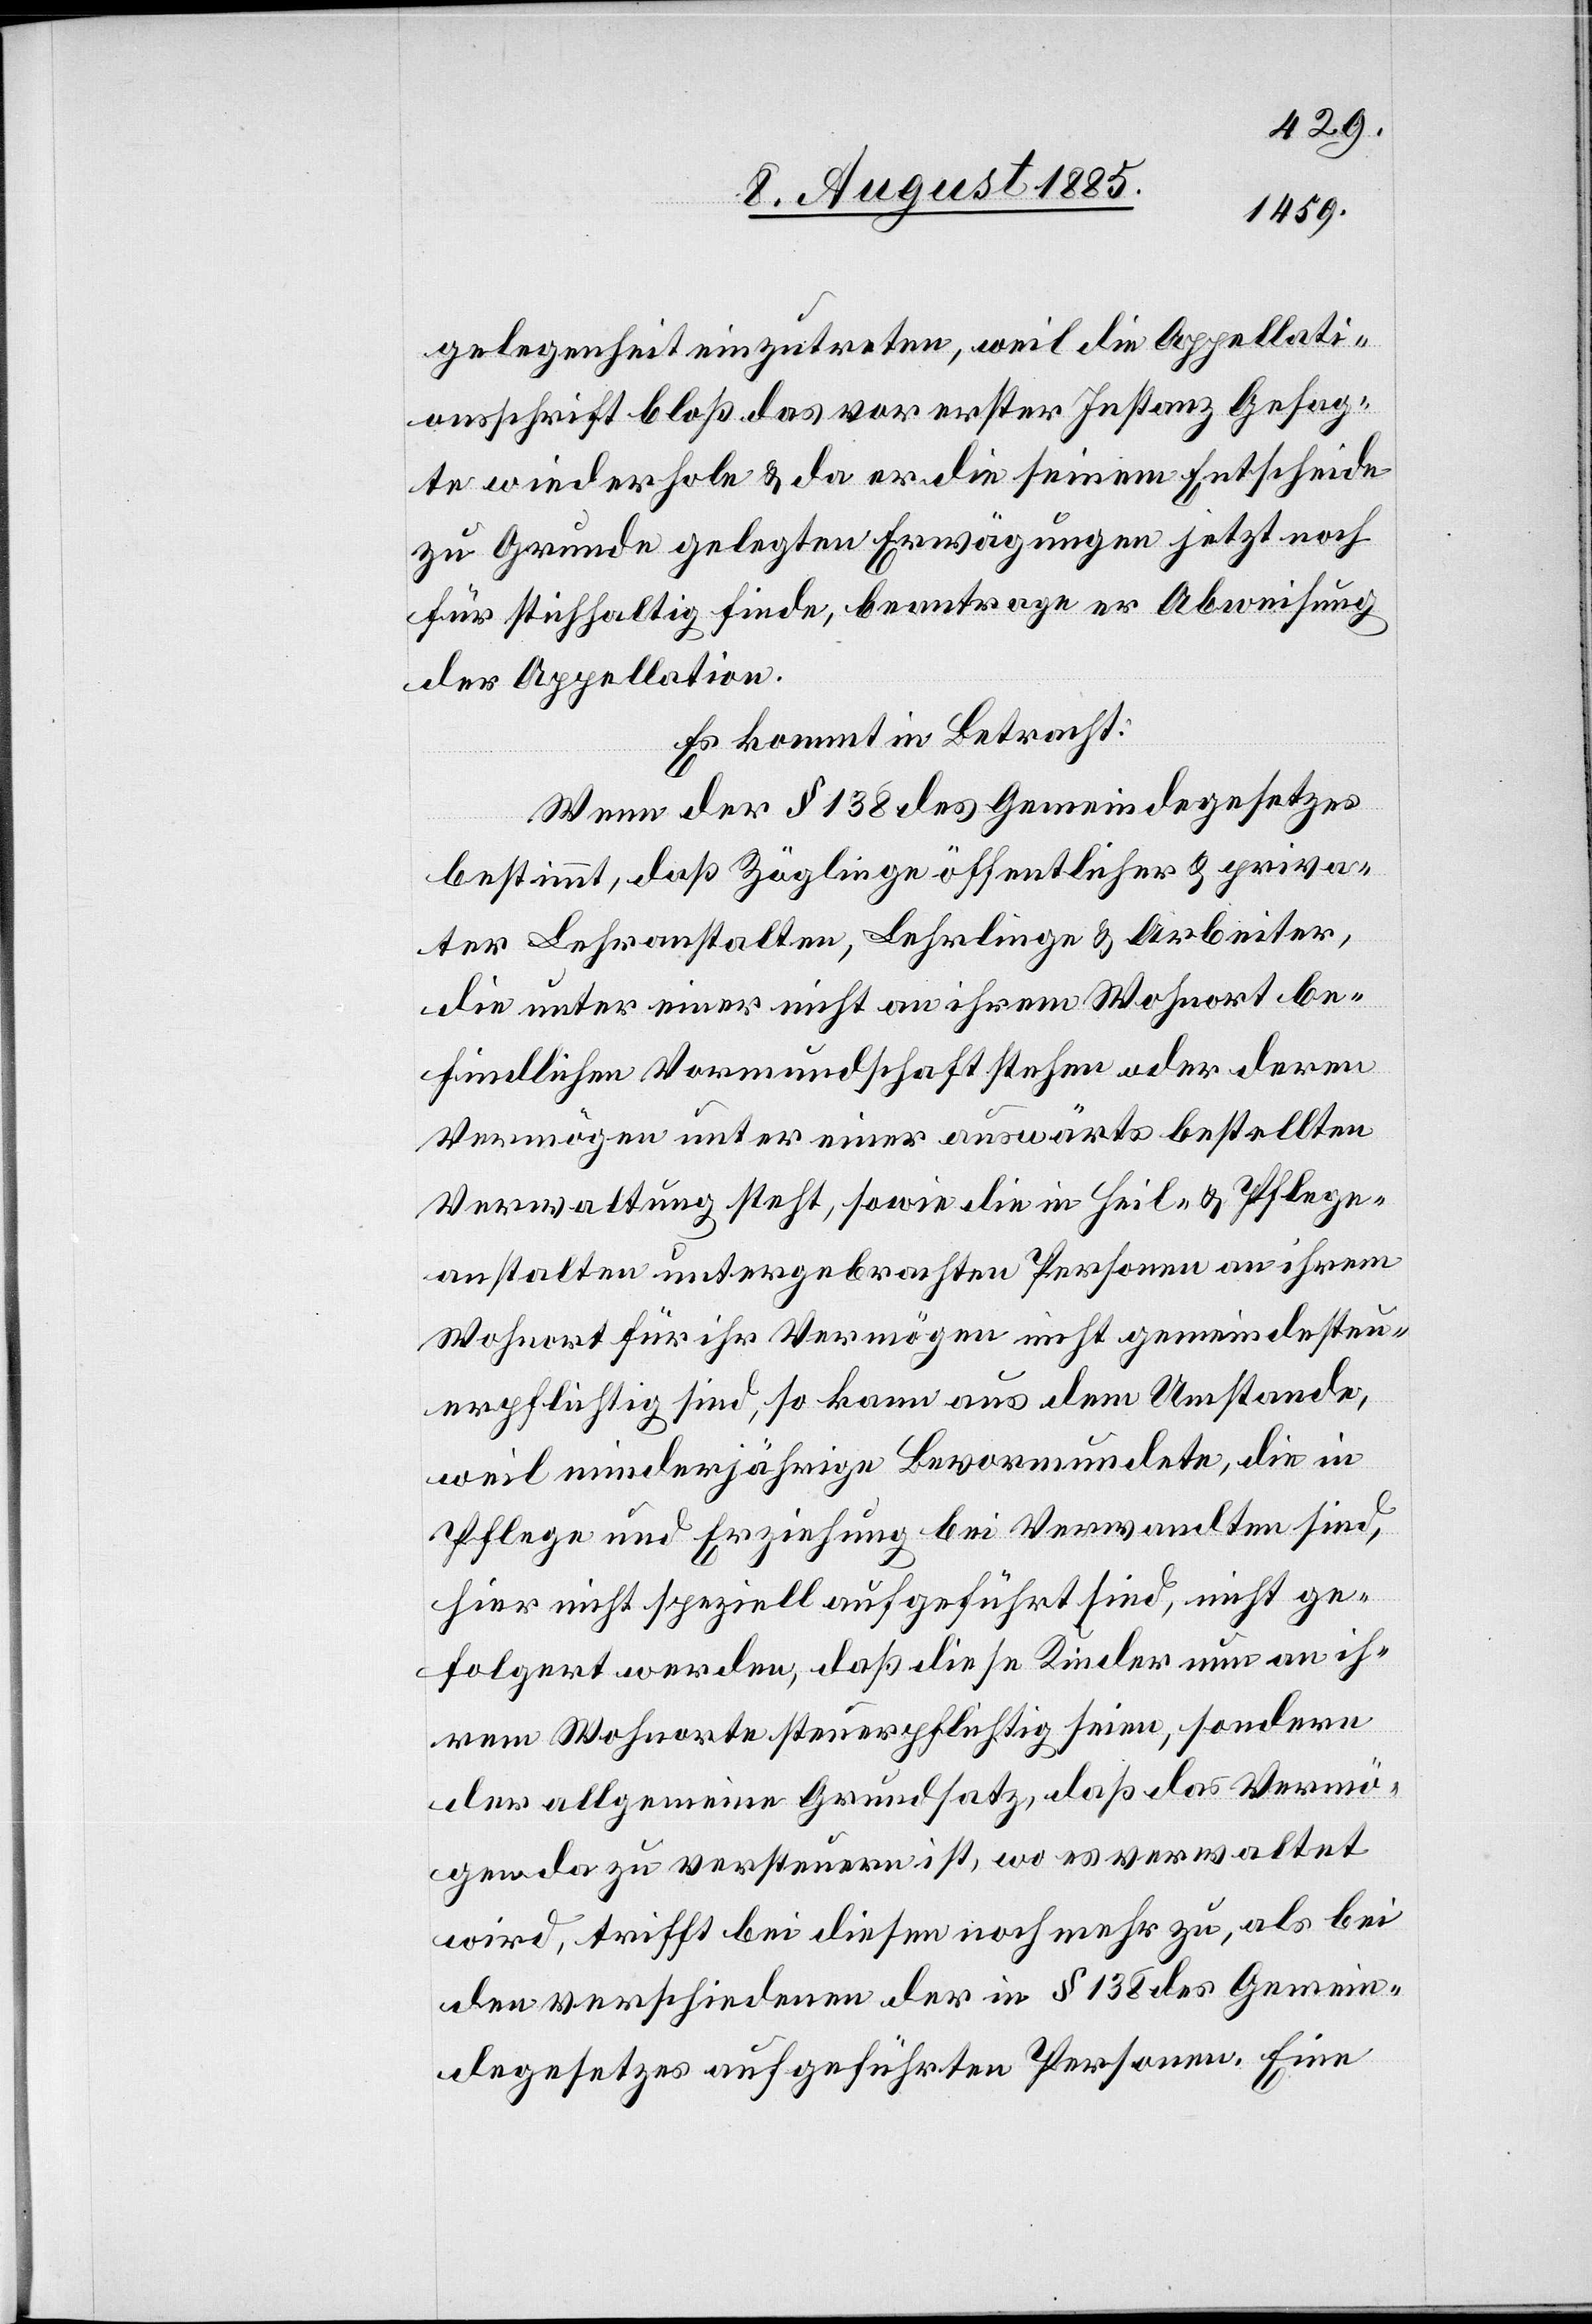
gelegenheit einzutreten, weil die Appellati¬
onsschrift bloß das vor erster Instanz Gesag¬
te wiederhole & da er die seinem Entscheide
zu Grunde gelegten Erwägungen jetzt noch
für stichhaltig finde, beantrage er Abweisung
der Appellation.
Es kommt in Betracht:
Wenn der § 138 des Gemeindegesetzes
bestimmt, daß Zöglinge öffentlicher & priva¬
ter Lehranstalten, Lehrlinge & Arbeiter,
die unter einer nicht an ihrem Wohnort be¬
findlichen Vormundschaft stehen oder deren
Vermögen unter einer auswärts bestellten
Verwaltung steht, sowie die in Heil- & Pflege¬
anstalten untergebrachten Personen an ihren
Wohnort für ihr Vermögen nicht gemeindesteu¬
erpflichtig sind, so kann aus dem Umstande,
weil minderjährige Bevormundete, die in
Pflege und Erziehung bei Verwandten sind,
hier nicht speziell aufgeführt sind, nicht ge¬
folgert werden, daß diese Kinder nun an ih¬
rem Wohnorte steuerpflichtig seien, sondern
der allgemeine Grundsatz, daß das Vermö¬
gen da zu versteuern ist, wo es verwaltet
wird, trifft bei diesem noch mehr zu, als bei
den verschiedenen der in § 138 des Gemein¬
degesetzes aufgeführten Personen. Eine